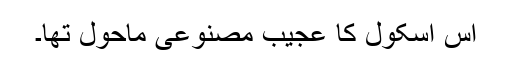
اس اسکول کا عجیب مصنوعی ماحول تھا۔